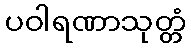
ပဝါရဏာသုတ္တံ